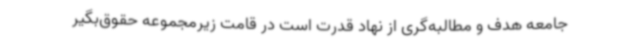
جامعه هدف و مطالبه‌گری از نهاد قدرت است در قامت زیرمجموعه حقوق‌بگیر